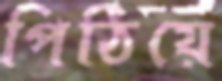
পিঠিয়ে